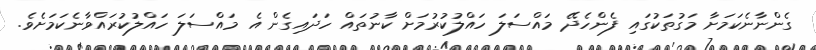
ގެންނާނެކަމަށާ މަގުތަކުގައި ފެންހެދޭ މައްސަލަ ހައްލުކުރުމަށް ކާނުތައް ހަދައިގެން އެ މައްސަލަ ހައްލުކުރައްވާނެކަމަށެވެ.